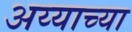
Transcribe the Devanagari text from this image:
अय्याच्या